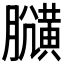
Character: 𪏍